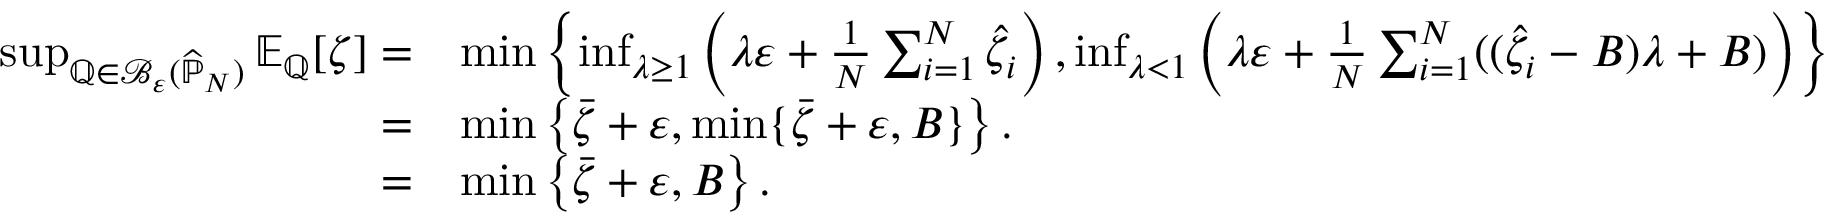
\begin{array} { r l } { \operatorname* { s u p } _ { \mathbb { Q } \in \mathcal { B } _ { \varepsilon } ( \widehat { \mathbb { P } } _ { N } ) } \mathbb { E } _ { \mathbb { Q } } [ \zeta ] = } & { \operatorname* { m i n } \left\{ \operatorname* { i n f } _ { \lambda \geq 1 } \left( \lambda \varepsilon + \frac { 1 } { N } \sum _ { i = 1 } ^ { N } \widehat { \zeta } _ { i } \right) , \operatorname* { i n f } _ { \lambda < 1 } \left( \lambda \varepsilon + \frac { 1 } { N } \sum _ { i = 1 } ^ { N } ( ( \widehat { \zeta } _ { i } - B ) \lambda + B ) \right) \right\} } \\ { = } & { \operatorname* { m i n } \left\{ \bar { \zeta } + \varepsilon , \operatorname* { m i n } \{ \bar { \zeta } + \varepsilon , B \} \right\} . } \\ { = } & { \operatorname* { m i n } \left\{ \bar { \zeta } + \varepsilon , B \right\} . } \end{array}